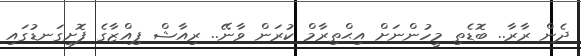
ދެން ރާރާ.. ބޮޑެތި މީހުންނަށް އިޙްތިރާމް ކުރަން ވާނޭ.. ރިއާޝް ޕިއްޒާގެ ފޮށިގަނޑުގައި